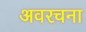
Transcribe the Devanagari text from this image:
अवरचना